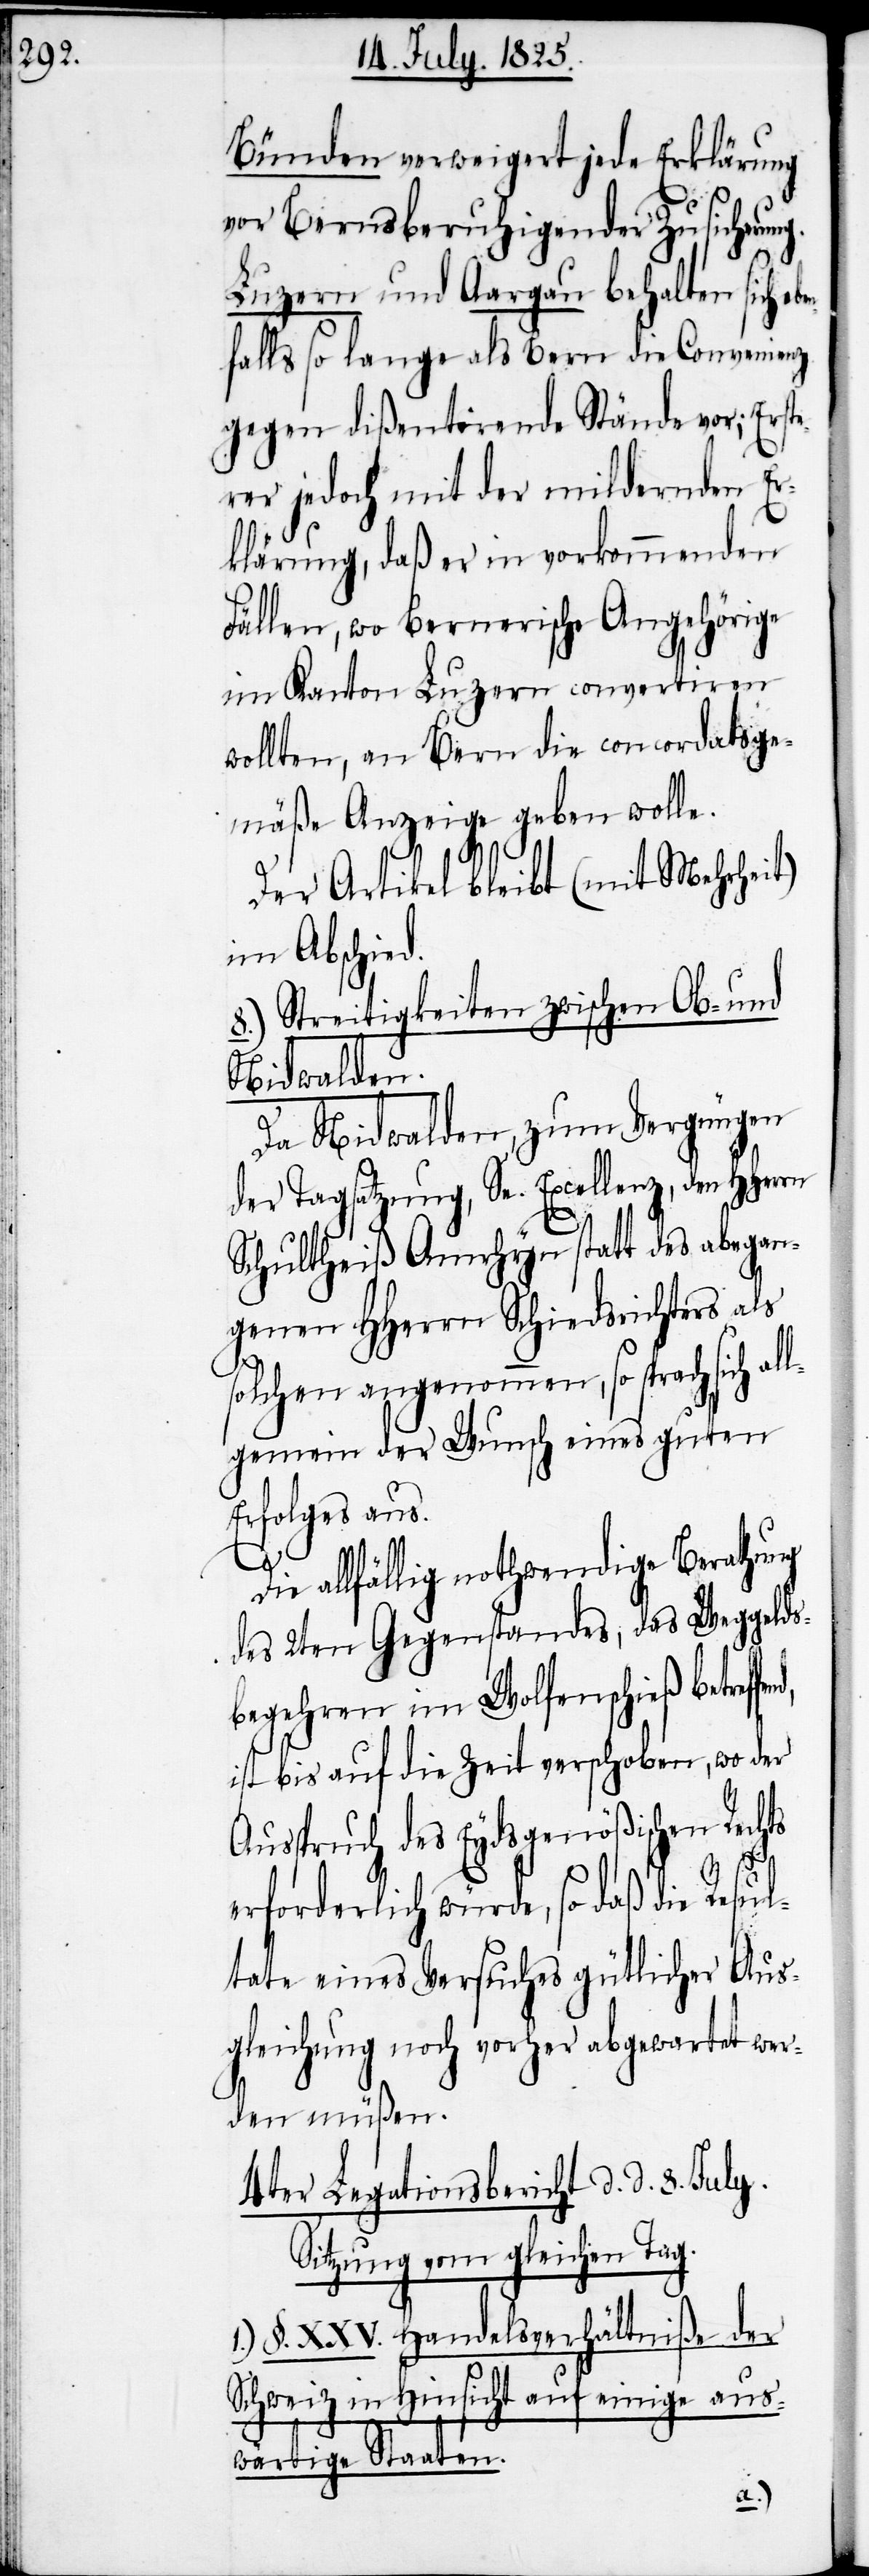
Bünden verweigert jede Erklärung
vor Berns beruhigender Zusicherun¬
Luzern und Aargau behalten sich e¬
falls so lange als Bern die Convenienz
gegen dißentirende Stände vor; Erst¬
erer jedoch mit der mildernden Er¬
klärung, daß er in vorkommenden
Fällen, wo Bernerische Angehörige
im Kanton Luzern convertiren
wollten, an Bern die concordatsge¬
mäße Anzeige geben solle.
Der Artikel bleibt (mit Mehrheit)
im Abschied.
8.) Streitigkeiten zwischen Ob- und
Nidwalden.
Da Nidwalden, zum Vergnügen
der Tagsatzung, Se. Excellenz, den HHerrn
Schultheiß Amrhyn statt des abgegan¬
genen HHerrn Schiedsrichters als
solchen angenommen, so sprach s¬
gemein der Wunsch eines guten
Erfolges aus.
all¬
Die allfällig nothwendige Berathung
des 2ten Gegenstandes, das Weggelds¬
begehren im Wolfenschieß betreff¬
ist bis auf die Zeit verschoben, wo der
Ausspruch des Eydsgenößischen Rechts
end,
erforderlich würde, so daß die Resul¬
tate eine Versuches gütlicher Aus¬
gleichung noch vorher abgewartet wer¬
den müßen.
4ter Legationsbericht d. d. 8. July.
Sitzung vom gleichen Tag.
1.) §. XXV. Handelsverhältniße der
Schweiz in Hinsicht auf einige aus¬
wärtige Staaten.